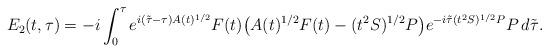
LaTeX: \begin{align*} {E}_2(t, \tau) = -i \int_0^{\tau} e^{i (\tilde{\tau} -\tau) A(t)^{1/2}} F(t) \bigl(A(t)^{1/2}F(t) - (t^2 S)^{1/2}P \bigr)e^{-i \tilde{\tau} (t^2S)^{1/2}P} P \, d \tilde{\tau}.\end{align*}